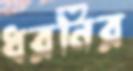
ধরনির